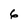
Character: 6